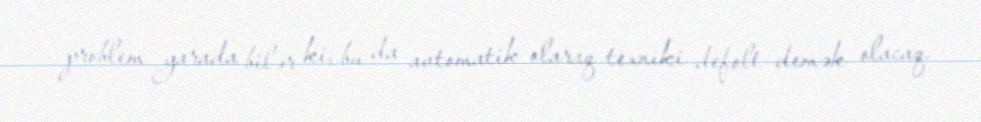
problem yarada bilər ki, bu da avtomatik olaraq texniki defolt demək olacaq.